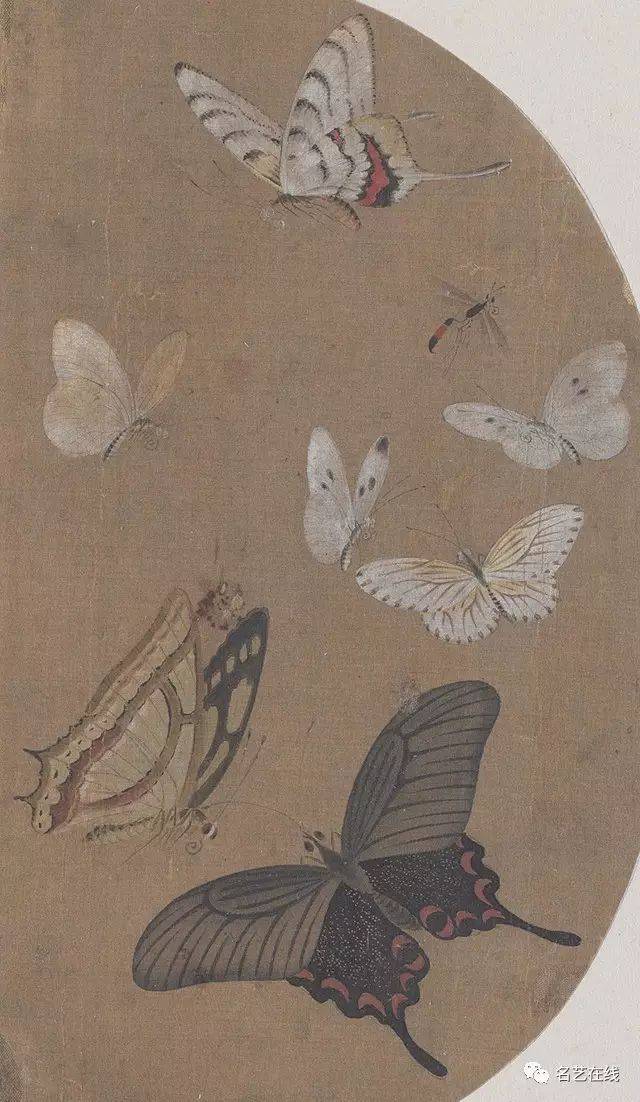
春草细还生，春雏养渐成。